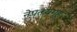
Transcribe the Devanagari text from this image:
नेपत्थ्यगृह